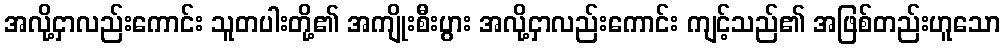
အလို့ငှာလည်းကောင်း သူတပါးတို့၏ အကျိုးစီးပွား အလို့ငှာလည်းကောင်း ကျင့်သည်၏ အဖြစ်တည်းဟူသော